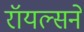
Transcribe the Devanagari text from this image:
रॉयल्सने